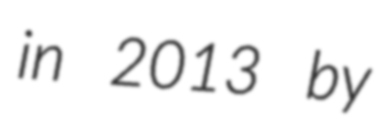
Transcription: in 2013 by